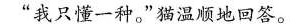
”我只懂一种。”猫温顺地回答。